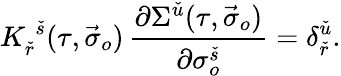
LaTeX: K_{\check{r}}^{\; \check{s}}(\tau,\vec{\sigma}_{o})\, \frac{\partial\Sigma^{\check{u}}(\tau,\vec{\sigma}_{o})}{\partial\sigma_{o}^{\check{s}}}=\delta_{\check{r}}^{\check{u}}.